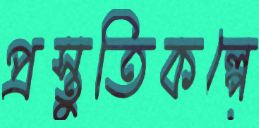
প্রস্তুতিকল্পে